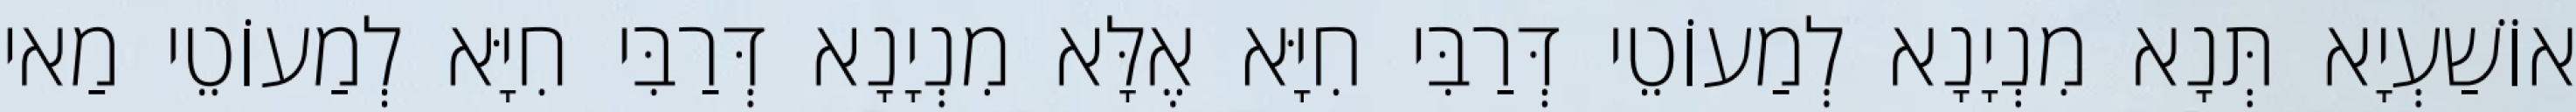
אוֹשַׁעְיָא תְּנָא מִנְיָנָא לְמַעוֹטֵי דְּרַבִּי חִיָּא אֶלָּא מִנְיָנָא דְּרַבִּי חִיָּא לְמַעוֹטֵי מַאי